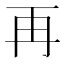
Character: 再